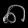
Digit: ၈